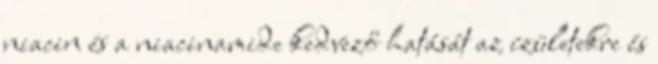
niacin és a niacinamide kedvező hatását az ízületekre és